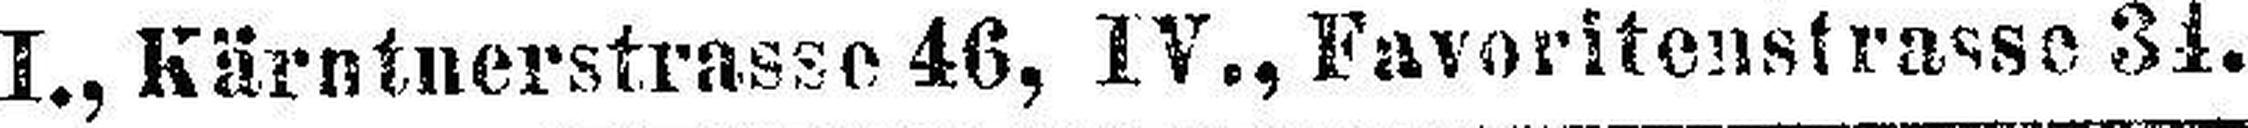
I., Kärntnerstrasse 46, IV., Favoritenstrasse 34.